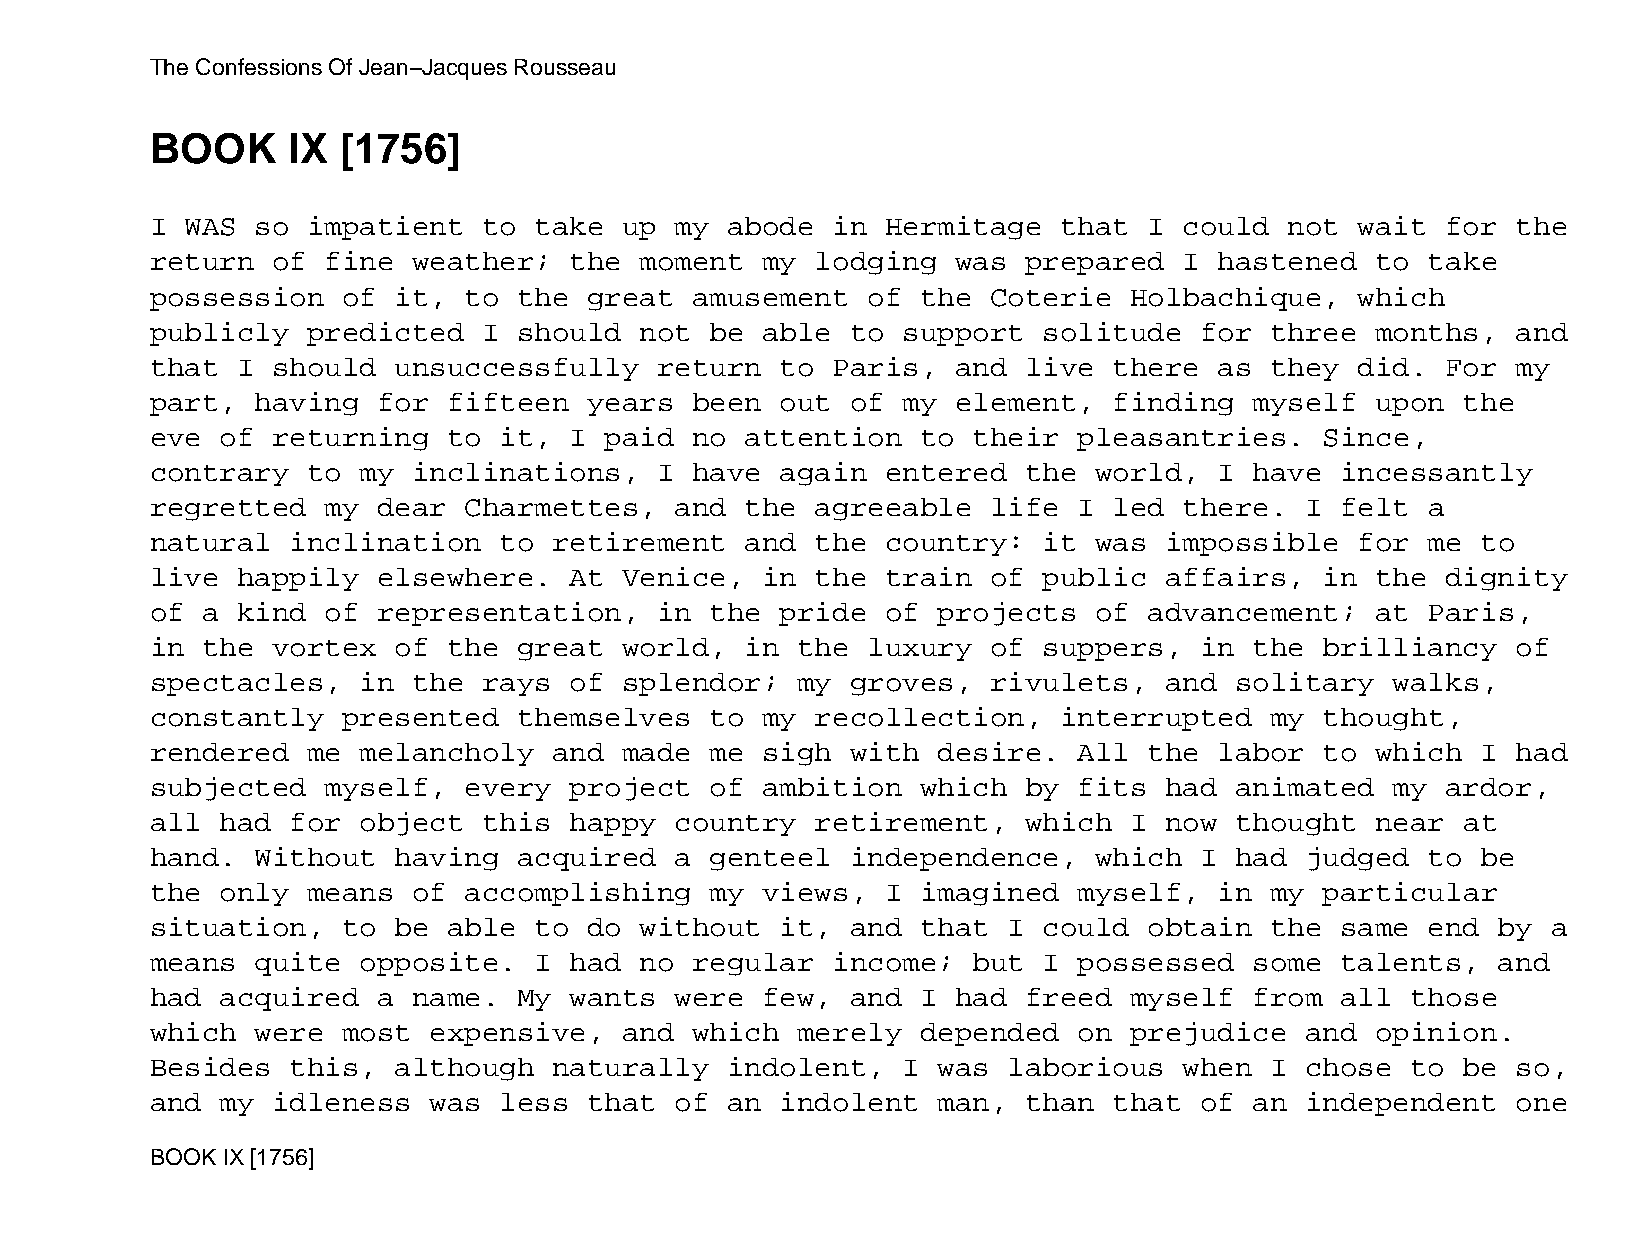
The Confessions Of Jean−Jacques Rousseau
 BOOK     IX [1756]
 I WAS  so impatient   to take  up  my abode  in  Hermitage  that  I could  not  wait  for the
 return  of  fine weather;   the moment  my  lodging  was  prepared  I  hastened  to  take
 possession   of it,  to the  great  amusement  of  the  Coterie  Holbachique,   which
 publicly  predicted   I should  not  be able  to  support  solitude  for  three  months,  and
 that  I should  unsuccessfully    return  to Paris,  and  live  there  as they  did.  For my
 part,  having  for  fifteen  years  been  out of  my element,   finding  myself  upon  the
 eve  of returning   to it,  I paid  no attention   to their  pleasantries.    Since,
 contrary  to  my inclinations,    I have  again  entered  the world,   I have  incessantly
 regretted   my dear  Charmettes,   and the  agreeable   life I  led there.  I  felt  a
 natural  inclination   to  retirement  and  the  country:  it was  impossible   for  me to
 live  happily  elsewhere.   At Venice,  in  the  train  of public  affairs,   in the  dignity
 of a  kind  of representation,    in the  pride  of projects  of  advancement;   at  Paris,
 in the  vortex  of  the great  world,  in  the luxury   of suppers,  in  the  brilliancy  of
 spectacles,   in the  rays  of splendor;   my groves,   rivulets,  and  solitary  walks,
 constantly   presented  themselves   to my  recollection,   interrupted   my  thought,
 rendered  me  melancholy   and made  me sigh  with  desire.  All  the  labor  to which  I had
 subjected   myself,  every  project  of ambition   which  by fits  had  animated  my  ardor,
 all  had for  object  this  happy  country  retirement,   which  I now  thought  near  at
 hand.  Without  having  acquired   a genteel  independence,   which  I  had judged   to be
 the  only means  of  accomplishing   my views,   I imagined  myself,   in my  particular
 situation,   to be  able to  do without   it, and  that  I could  obtain  the  same  end by  a
 means  quite  opposite.  I  had no  regular  income;  but  I possessed   some  talents,  and
 had  acquired  a name.  My  wants  were few,  and  I had  freed  myself  from  all those
 which  were  most expensive,   and  which  merely  depended  on  prejudice  and  opinion.
 Besides  this,  although   naturally  indolent,   I was  laborious  when  I chose  to  be so,
 and  my idleness  was  less  that  of an  indolent  man,  than  that of  an independent   one
 BOOK IX [1756]